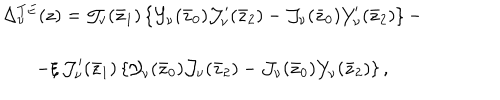
LaTeX: \begin{array} { c } { { \Delta _ { \nu } ^ { T E } ( z ) = \mathcal { J } _ { \nu } ( \bar { z } _ { 1 } ) \left\{ \mathcal { Y } _ { \nu } ( \bar { z } _ { 0 } ) \mathcal { J } _ { \nu } ^ { \prime } ( \bar { z } _ { 2 } ) - \mathcal { J } _ { \nu } ( \bar { z } _ { 0 } ) \mathcal { Y } _ { \nu } ^ { \prime } ( \bar { z } _ { 2 } ) \right\} - } } \\ { { - \xi \, \mathcal { J } _ { \nu } ^ { \prime } ( \bar { z } _ { 1 } ) \left\{ \mathcal { Y } _ { \nu } ( \bar { z } _ { 0 } ) \mathcal { J } _ { \nu } ( \bar { z } _ { 2 } ) - \mathcal { J } _ { \nu } ( \bar { z } _ { 0 } ) \mathcal { Y } _ { \nu } ( \bar { z } _ { 2 } ) \right\} , } } \\ \end{array}